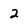
Character: 2